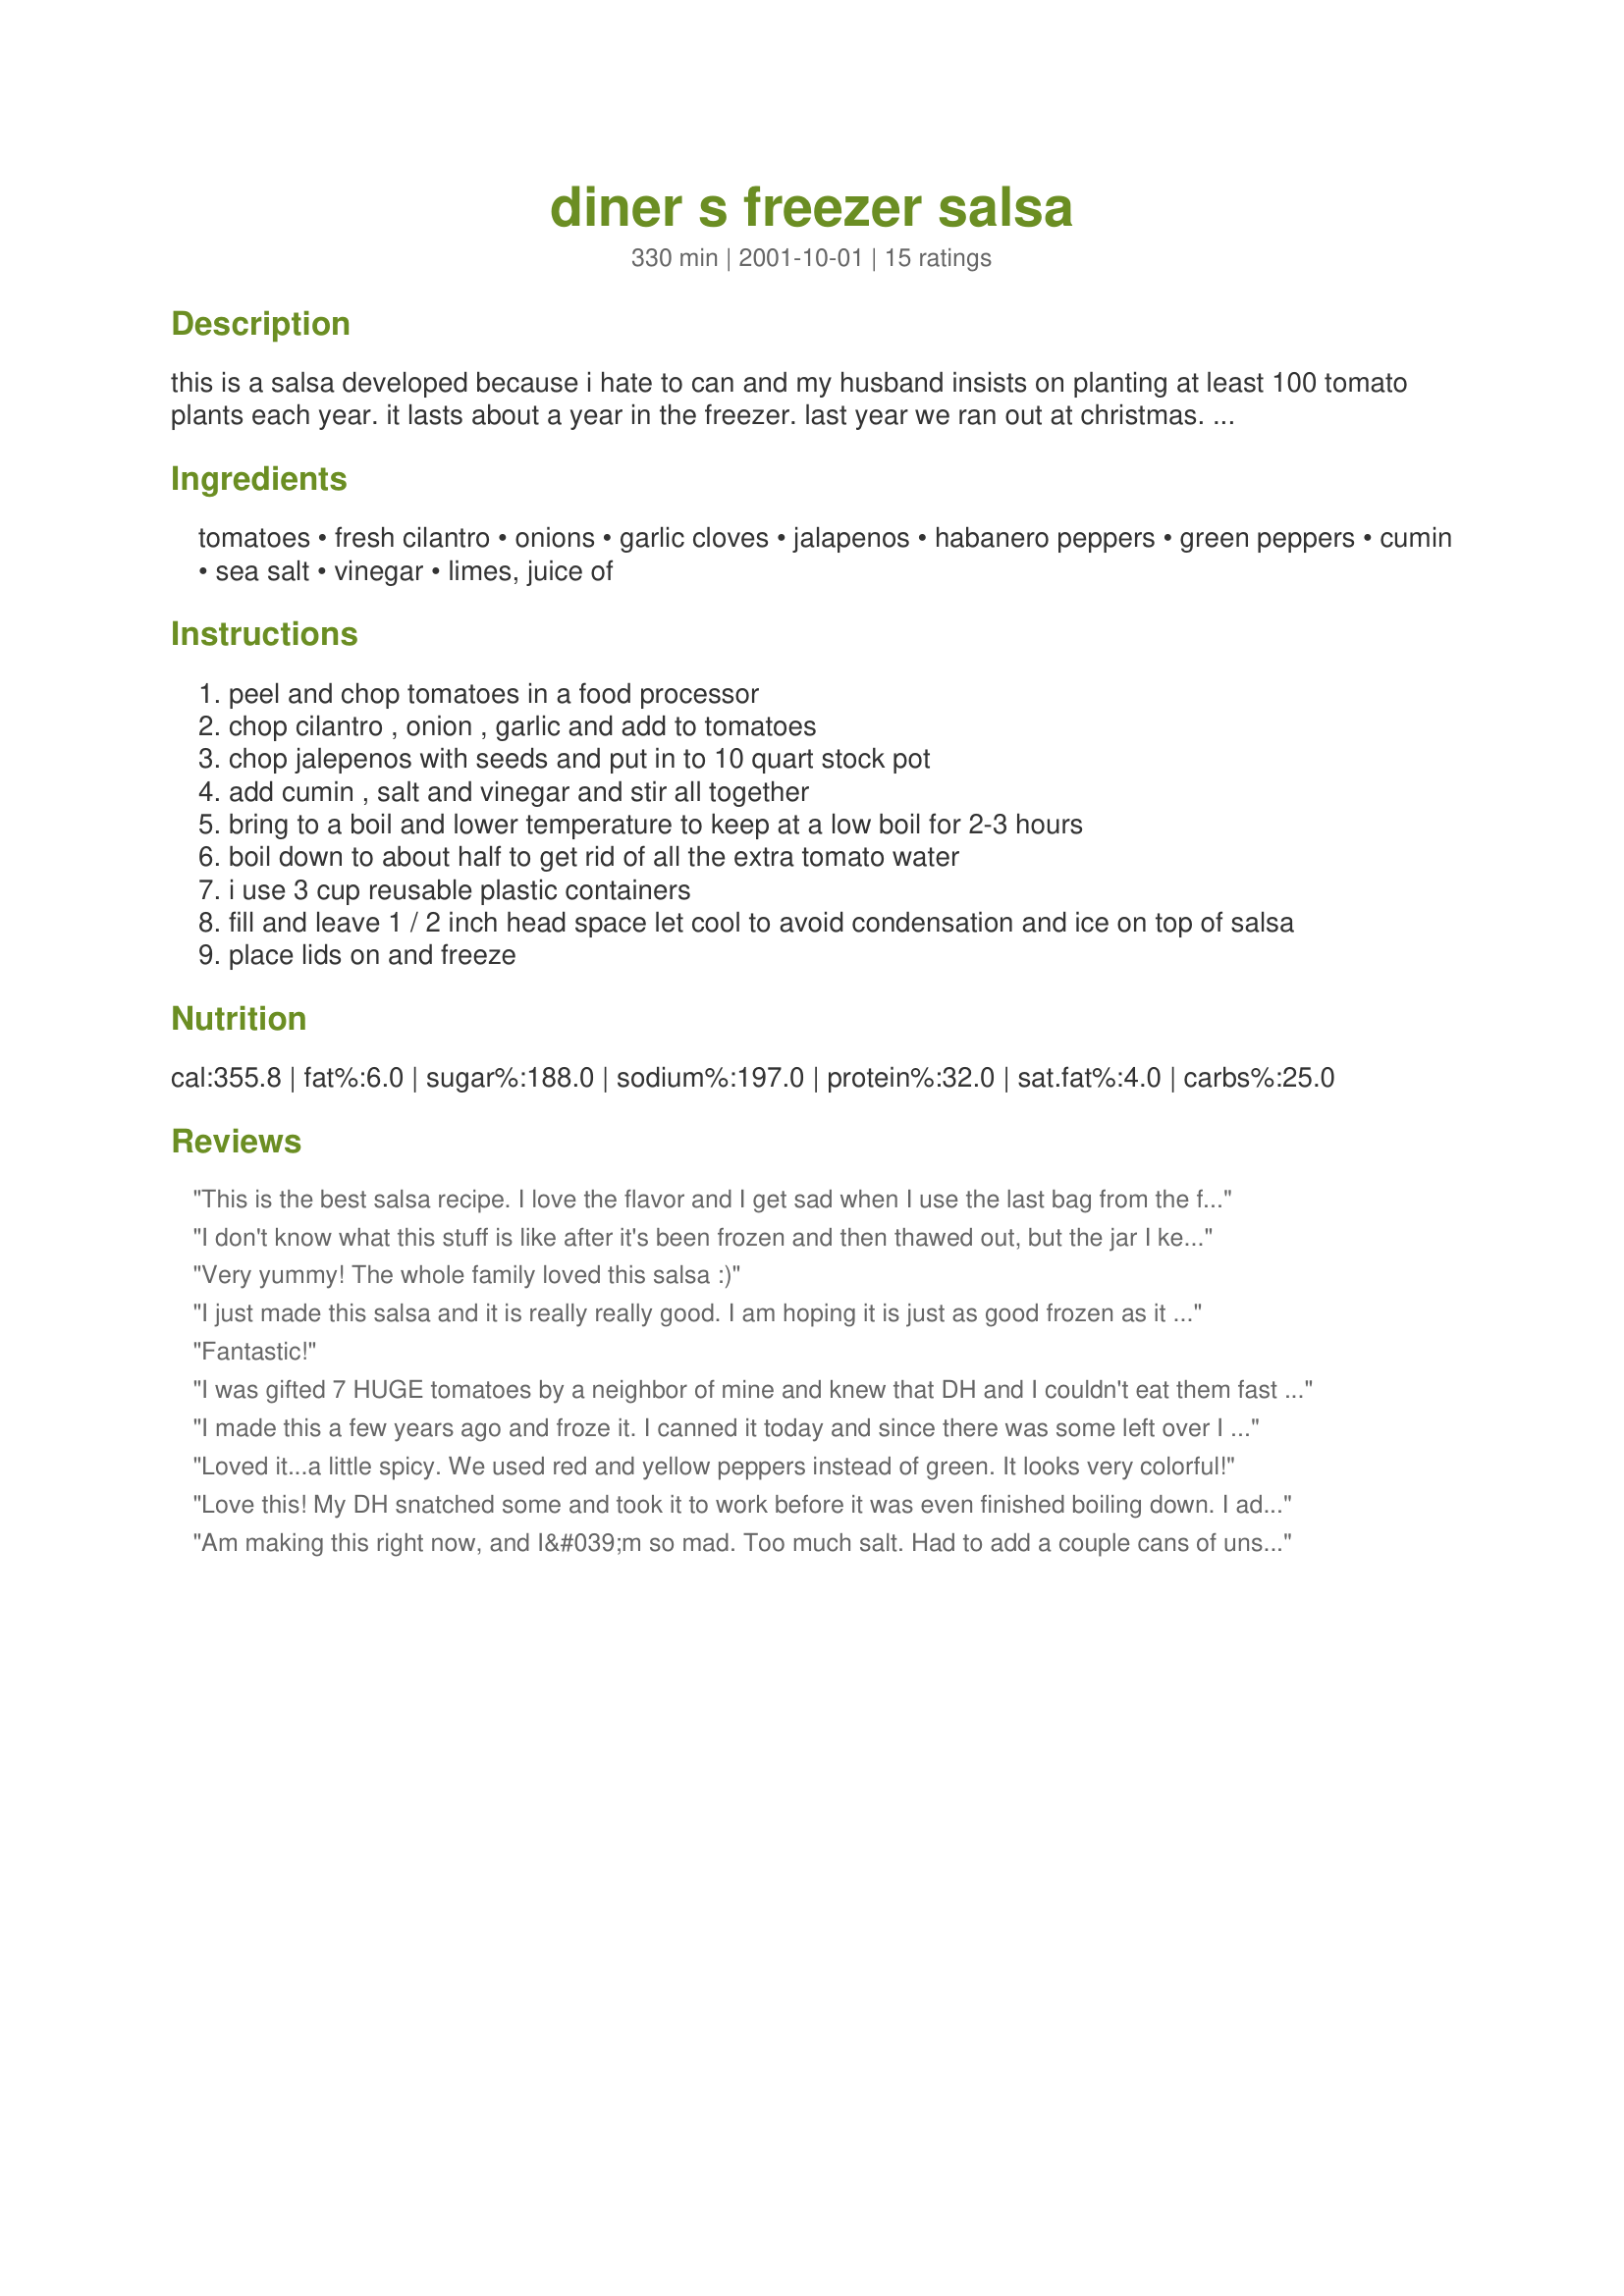
diner s freezer salsa
Preparation time: 330 minutes

this is a salsa developed because i hate to can and my husband insists on planting at least 100 tomato plants each year. it lasts about a year in the freezer. last year we ran out at christmas.

update, i taught my husband how to make and can salsa so we are canning now, probably better. we also have added the limes and some habaneros to taste for the hotter salsa.

Ingredients:
tomatoes, fresh cilantro, onions, garlic cloves, jalapenos, habanero peppers, green peppers, cumin, sea salt, vinegar, limes, juice of

Steps:
peel and chop tomatoes in a food processor
chop cilantro , onion , garlic and add to tomatoes
chop jalepenos with seeds and put in to 10 quart stock pot
add cumin , salt and vinegar and stir all together
bring to a boil and lower temperature to keep at a low boil for 2-3 hours
boil down to about half to get rid of all the extra tomato water
i use 3 cup reusable plastic containers
fill and leave 1 / 2 inch head space let cool to avoid condensation and ice on top of salsa
place lids on and freeze

Reviews:
This is the best salsa recipe. I love the flavor and I get sad when I use the last bag from the freezer!! Have made this for three years-hope I get one more batch done before tomatoes burn up. Thank you Diann!
I don't know what this stuff is like after it's been frozen and then thawed out, but the jar I kept aside and put in the fridge yesterday is AWESOME!!! This will forever be my salsa recipe! I boiled it a little longer too, but other than that, made exactly according to your directions. I'd rate it a 'delayed warmth' mild salsa. DEEEEELICIOUS! Sep 13/06: FINALLY ran out of bought salsa and got to open a frozen container of this -- YUM! A little thinner than the original jar I had kept in the fridge, but still very tasty.
Very yummy! The whole family loved this salsa :)
I just made this salsa and it is really really good. I am hoping it is just as good frozen as it is fresh! Thank you so much for sharing!
Fantastic!
I was gifted 7 HUGE tomatoes by a neighbor of mine and knew that DH and I couldn't eat them fast enough before they spoiled. Decided to try my hand at salsa except one problem- I don't can. So- freezer was the next option. Had to scale back the recipe to about half and left out the habaneros (personal preference) and limes (didn't have any). Only took about 50 minutes to boil down and I got about 2- 3 cup containers worth. Just taste tested it and WOW! I can't believe I made salsa this GOOD! No one flavor stands out over the others and can't wait to enjoy something fresher than the jarred stuff. Can't wait to make more!
I made this a few years ago and froze it. I canned it today and since there was some left over I ate it! I had forgotten how good this salsa recipe is. Nice fresh taste and not too hot for me (I don't use the habanero peppers.
Loved it...a little spicy. We used red and yellow peppers instead of green. It looks very colorful!
Love this! My DH snatched some and took it to work before it was even finished boiling down. I added more garlic and some basil as well. I know it's missing something, but I can't figure out what it is and I dont mind anyway. Can't wait to try it in the middle of the winter.
Am making this right now, and I&#039;m so mad. Too much salt. Had to add a couple cans of unsalted tomatoes. Otherwise good flavor, but when do the limes go in?
I was looking for a salsa freezer recipe because I just didn&#039;t feel like canning but had a huge amount of tomatoes to use up. I followed the recipe but with less hot peppers, salt and lime juice, cooked it, pureed it and it tasted awesome! The best salsa I&#039;ve made. I prefer fresh chopped salsa, but even with canning the tomatoes/peppers are too soft since it has to be cooked. So this is the next best thing, and so easy! I&#039;ve already tried some of my first frozen batch and it tastes as good as it did before it was frozen. Thanks for the recipe!
Yeah - last of the tomato harvest finally done. We had to boil couple more hours to get the thicker consistency we wanted. We froze in medium size freezer bags. Great flavor.
This was an easy recipe and tastes great. It freezes well. The only change I made was to add a little more garlic and a little chili powder... just to spice it up a bit.
Delish
Thank you so much for this recipe. My husbands tomatoes have been very productive this year, and I also hate to can. I didn't use all the ingredients stated, but It turned out exactly like we wanted it to. This is what I'm going to use to freeze just plain tomatoes too. I will add just a little salt and vinegar, and freeze in 8 to 10 ounce packages, just enough for a pot of soup. Once again, thank you.
